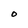
Character: O